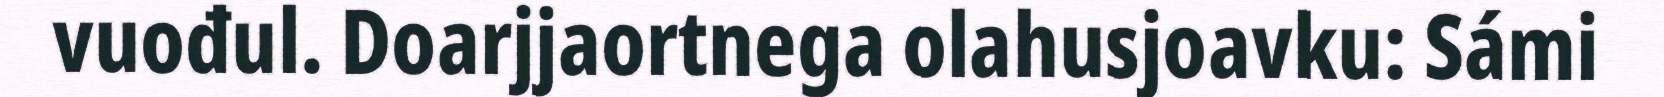
vuođul. Doarjjaortnega olahusjoavku: Sámi